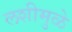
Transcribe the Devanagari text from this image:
लशीमुळे